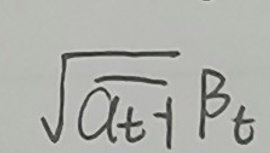
$\sqrt{a_{t + 1}} \beta_{t}$